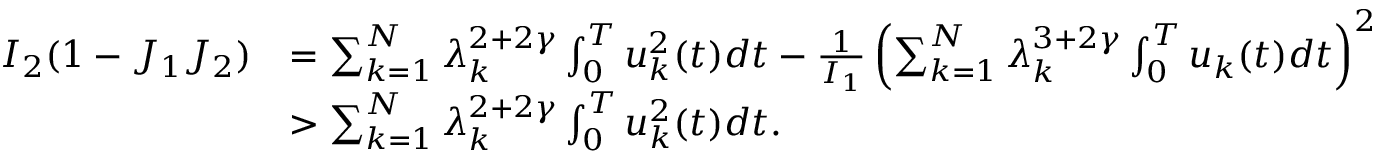
\begin{array} { r l } { I _ { 2 } ( 1 - J _ { 1 } J _ { 2 } ) } & { = \sum _ { k = 1 } ^ { N } \lambda _ { k } ^ { 2 + 2 \gamma } \int _ { 0 } ^ { T } u _ { k } ^ { 2 } ( t ) d t - \frac { 1 } { I _ { 1 } } \left( \sum _ { k = 1 } ^ { N } \lambda _ { k } ^ { 3 + 2 \gamma } \int _ { 0 } ^ { T } u _ { k } ( t ) d t \right) ^ { 2 } } \\ & { > \sum _ { k = 1 } ^ { N } \lambda _ { k } ^ { 2 + 2 \gamma } \int _ { 0 } ^ { T } u _ { k } ^ { 2 } ( t ) d t . } \end{array}